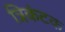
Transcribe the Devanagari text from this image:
त्रिकंटक